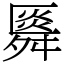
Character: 䑞